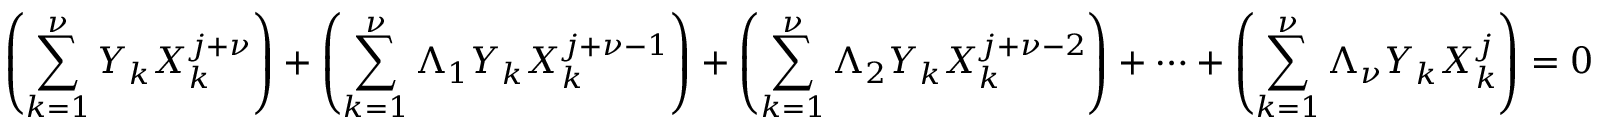
\left( \sum _ { k = 1 } ^ { \nu } Y _ { k } X _ { k } ^ { j + \nu } \right) + \left( \sum _ { k = 1 } ^ { \nu } \Lambda _ { 1 } Y _ { k } X _ { k } ^ { j + \nu - 1 } \right) + \left( \sum _ { k = 1 } ^ { \nu } \Lambda _ { 2 } Y _ { k } X _ { k } ^ { j + \nu - 2 } \right) + \cdots + \left( \sum _ { k = 1 } ^ { \nu } \Lambda _ { \nu } Y _ { k } X _ { k } ^ { j } \right) = 0